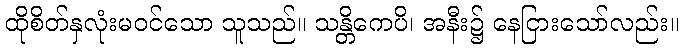
ထိုစိတ်နှလုံးမဝင်သော သူသည်။ သန္တိကေပိ၊ အနီး၌ နေငြားသော်လည်း။